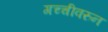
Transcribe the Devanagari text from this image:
गच्चीवरुन